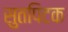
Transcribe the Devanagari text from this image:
सुतपिटक